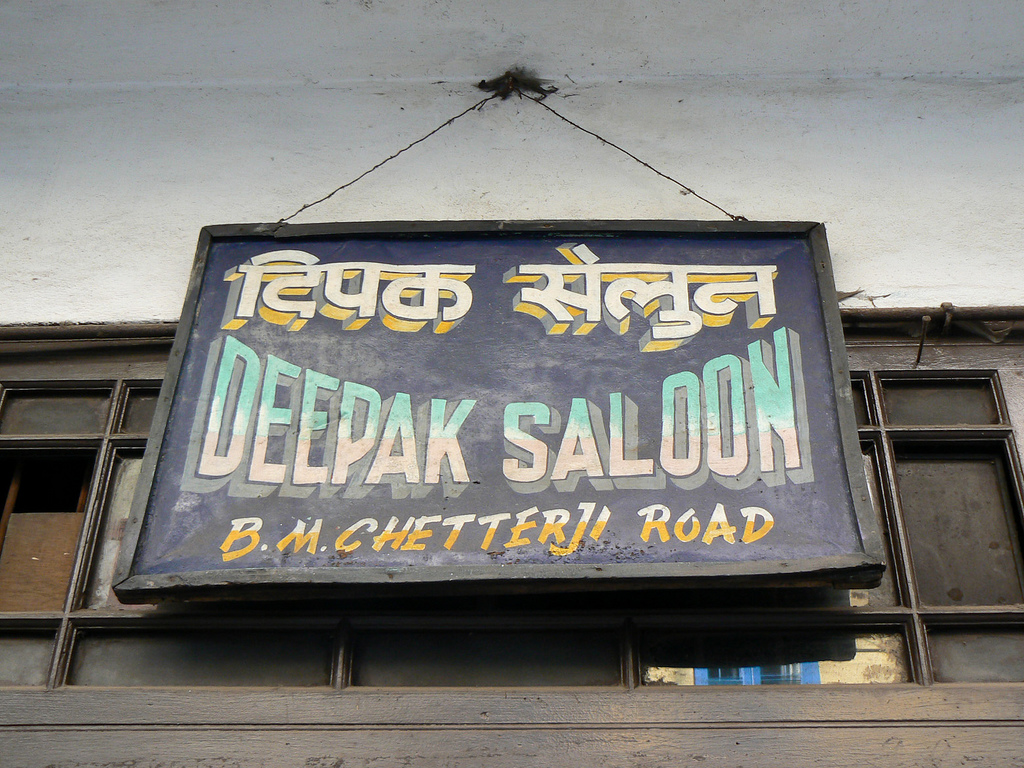
Language: hindi
Transcription: दिपक सेलुन